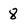
Character: 8